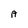
Character: A